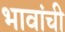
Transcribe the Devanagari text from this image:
भावांची